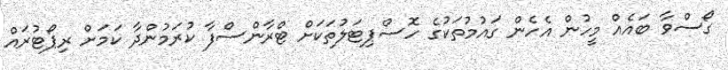
ގޯސްވާ ބައެއް މީހުން އެހެން ގައުމުތަކުގެ ހޮސްޕިޓަލުތަކަށް ޓްރާންސްފާ ކުރަމުންދާ ކަމަށް ރިޕޯޓުރައް